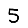
Digit: 5